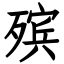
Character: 殡